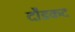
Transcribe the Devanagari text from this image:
दौडकद